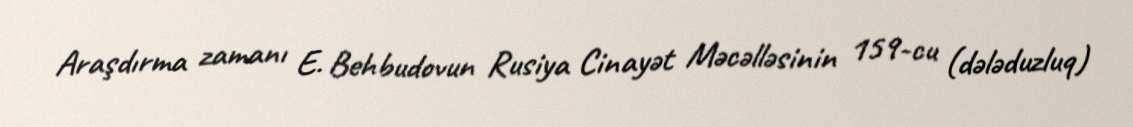
Araşdırma zamanı E. Behbudovun Rusiya Cinayət Məcəlləsinin 159-cu (dələduzluq)